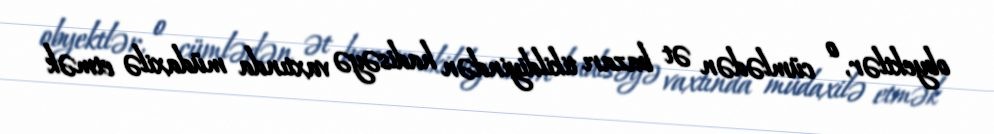
obyektlər, o cümlədən ət bazarı tikildiyindən hadisəyə vaxtında müdaxilə etmək